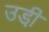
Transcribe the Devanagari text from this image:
उडी़